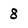
Character: 8